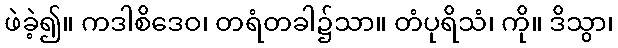
ဖဲခဲ့၍။ ကဒါစိဒေဝ၊ တရံတခါ၌သာ။ တံပုရိသံ၊ ကို။ ဒိသွာ၊